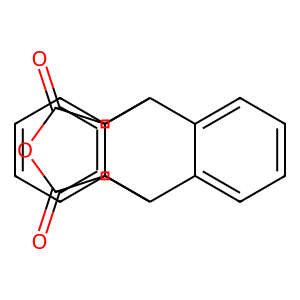
SMILES: O=C1OC(=O)C2=C1C1c3ccccc3C2c2ccccc21
Inhibits HIV replication: No